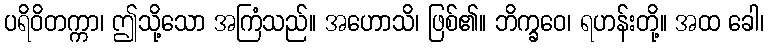
ပရိဝိတက္ကာ၊ ဤသို့သော အကြံသည်။ အဟောသိ၊ ဖြစ်၏။ ဘိက္ခဝေ၊ ရဟန်းတို့။ အထ ခေါ၊